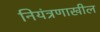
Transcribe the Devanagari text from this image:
नियंत्रणाखील